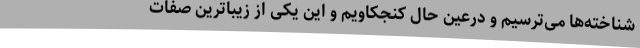
شناخته‌ها می‌ترسیم و درعین حال کنجکاویم و این یکی از زیباترین صفات